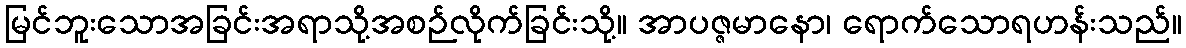
မြင်ဘူးသောအခြင်းအရာသို့အစဉ်လိုက်ခြင်းသို့။ အာပဇ္ဇမာနော၊ ရောက်သောရဟန်းသည်။